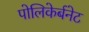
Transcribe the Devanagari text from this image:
पोलिकेर्बनेट